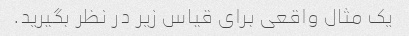
یک مثال واقعی برای قیاس زیر در نظر بگیرید.